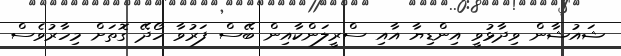
ޝައުޝާން ވިދާޅުވީ އިންޑިޔާ އާއި ސްރީލަންކާއިން ބޭސް ފަރުވާ ހޯދޭ ގޮތަށް މިހާރުވެސް